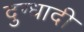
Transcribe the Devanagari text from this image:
दुग्धादी